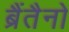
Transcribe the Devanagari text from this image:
ब्रैंतैनो